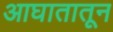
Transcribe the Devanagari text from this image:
आघातातून